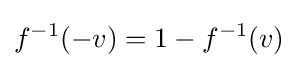
f^{-1}(-v)=1-f^{-1}(v)